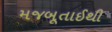
મજબૂતાઈથી